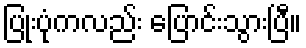
ပြုံးပုံကလည်း ပြောင်းသွားပြီ။